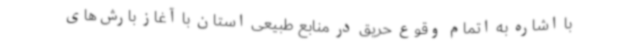
با اشاره به اتمام وقوع حریق در منابع طبیعی استان با آغاز بارش‌های